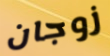
زوجان